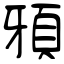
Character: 䪵